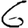
Digit: 6